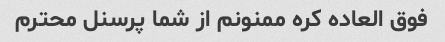
فوق العاده کره ممنونم از شما پرسنل محترم